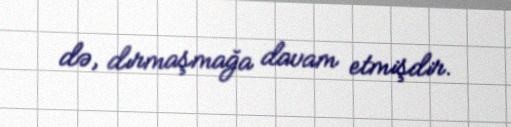
də, dırmaşmağa davam etmişdir.